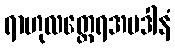
ရာဟုလတ္ထေရအပဒါနံ